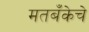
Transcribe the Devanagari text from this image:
मतबँकेचे